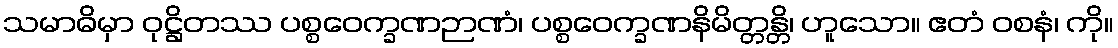
သမာဓိမှာ ဝုဋ္ဌိတဿ ပစ္စဝေက္ခဏဉာဏံ၊ ပစ္စဝေက္ခဏနိမိတ္တန္တိ၊ ဟူသော။ ဧတံ ဝစနံ၊ ကို။